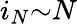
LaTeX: i_{N}{\sim}N